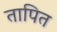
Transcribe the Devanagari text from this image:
तापित